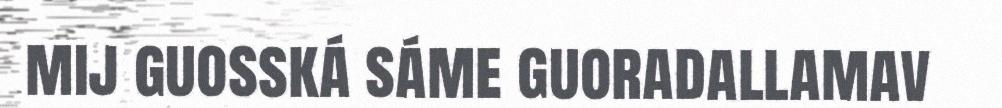
mij guosská sáme guoradallamav